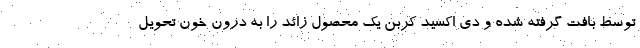
توسط بافت گرفته شده و دی اکسید کربن یک محصول زائد را به درون خون تحویل